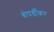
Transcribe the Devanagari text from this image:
बोपर्डीकर